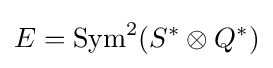
E=\operatorname {Sym} ^{2}(S^{*}\otimes Q^{*})